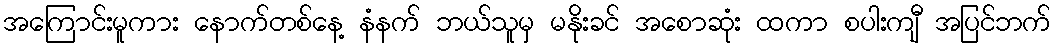
အကြောင်းမူကား နောက်တစ်နေ့ နံနက် ဘယ်သူမှ မနိုးခင် အစောဆုံး ထကာ စပါးကျီ အပြင်ဘက်